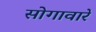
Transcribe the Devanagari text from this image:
सोगावारे